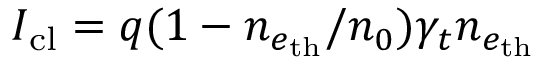
I _ { \mathrm { c l } } = q ( 1 - n _ { e _ { \mathrm { t h } } } / n _ { 0 } ) \gamma _ { t } n _ { e _ { \mathrm { t h } } }